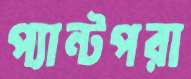
প্যান্টপরা